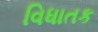
વિધાતક